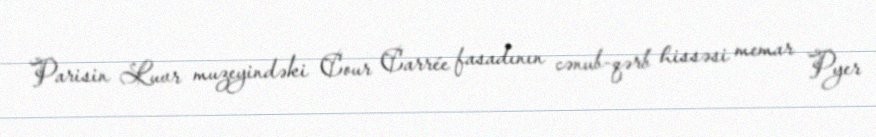
Parisin Luvr muzeyindəki Cour Carrée fasadının cənub-qərb hissəsi memar Pyer